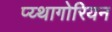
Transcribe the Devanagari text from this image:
प्य्थागोरियन